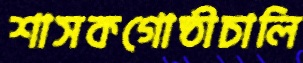
শাসকগোষ্ঠীচালি